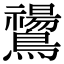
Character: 𪇚